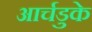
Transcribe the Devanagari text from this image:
आर्चडुके